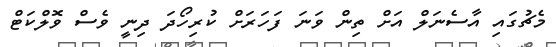
މެޗުގައި އާސެނަލް އަށް ތިން ވަނަ ފަހަރަށް ކުރިހޯދަ ދިނީ ވެސް ވޮލްކަޓް